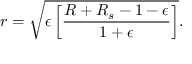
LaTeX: r = \sqrt { \epsilon \left[ \frac { R + R _ { s } - 1 - \epsilon } { 1 + \epsilon } \right] } .